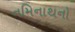
નમિનાથનો